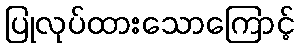
ပြုလုပ်ထားသောကြောင့်